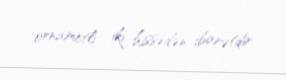
ornametli iki hissədən ibarətdir.